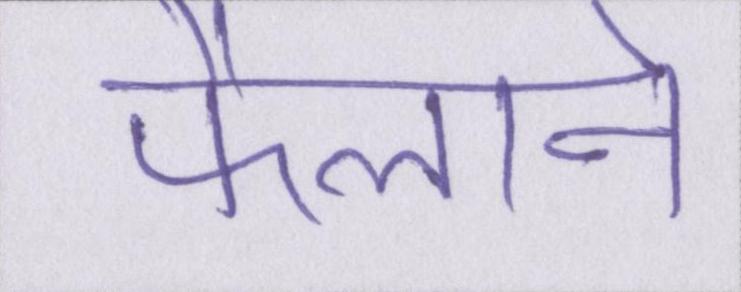
फैलाने